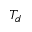
T _ { d }